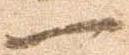
一